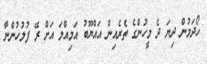
ހޯދަމުން ދިޔަ ދެ މީހުންގެ ތެރެއިން އައްޔޫބު އަމިއްލަ އަށް ރޭ ފުލުހުންނާ